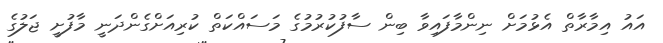
އައު އިމާރާތް އެޅުމަށް ނިންމާފައިވާ ބިން ސާފުކުރުމުގެ މަސައްކަތް ކުރިއަށްގެންދަނީ މާފުށީ ޖަލުގެ